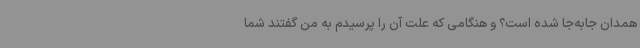
همدان جابه‌جا شده‌ است؟ و هنگامی که علت آن را پرسیدم به من گفتند شما